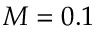
M = 0 . 1